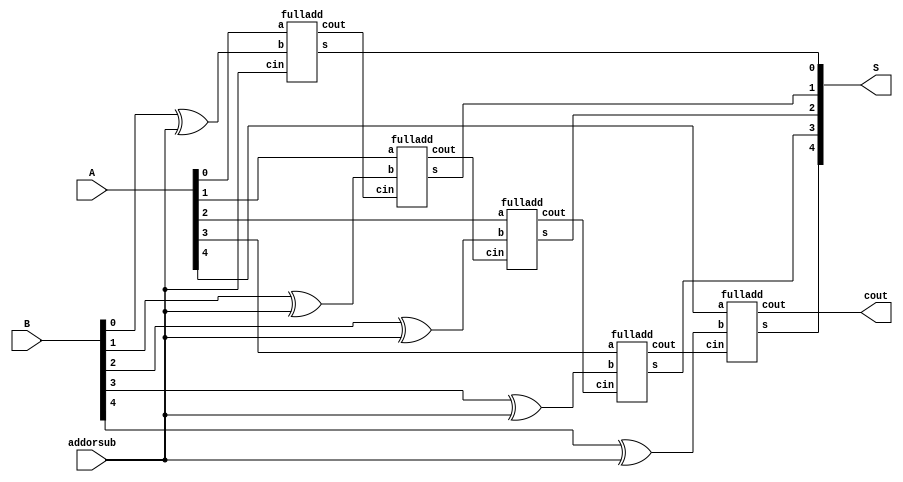

module problem1_18101707(A,B,S,addorsub,cout);

input [4:0]A,B;
input addorsub;
output [4:0]S;
output cout;

wire [4:0]x;

xor(x[0],B[0],addorsub);
xor(x[1],B[1],addorsub);
xor(x[2],B[2],addorsub);
xor(x[3],B[3],addorsub);
xor(x[4],B[4],addorsub);

fulladd stage0(S[0],cout0,A[0],x[0],addorsub);
fulladd stage1(S[1],cout1,A[1],x[1],cout0);
fulladd stage2(S[2],cout2,A[2],x[2],cout1);
fulladd stage3(S[3],cout3,A[3],x[3],cout2);
fulladd stage4(S[4],cout ,A[4] ,x[4],cout3);
endmodule 

module fulladd(s,cout,a,b,cin);

input a,b,cin;
output s,cout;

assign s=a^b^cin;
assign cout= ( a & b ) | ( cin & (a ^ b ));
endmodule